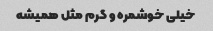
خیلی خوشمره و گرم مثل همیشه